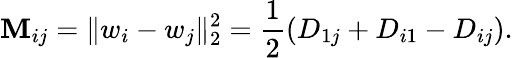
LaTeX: \mathbf{M}_{ij}=\| w_{i}-w_{j}\| _{2}^{2}=\frac{{1}}{{2}}\left(D_{1j}+D_{i1}-D_{ij}\right).